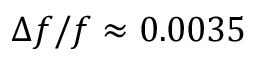
\Delta { f } / f \approx 0 . 0 0 3 5